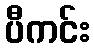
ပီကင်း